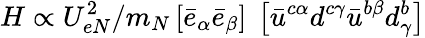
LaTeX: H\propto U_{eN}^{2}/m_{N}\left\lbrack\bar{e}_{\alpha}\bar{e}_{\beta}\right\rbrack\ \left\lbrack\bar{u}^{c\alpha}d^{c\gamma}\bar{u}^{b\beta}d_{\gamma}^{b}\right\rbrack